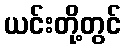
ယင်းတို့တွင်